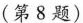
(第8题)